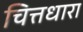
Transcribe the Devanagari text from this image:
चित्तधारा